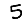
Digit: 5